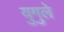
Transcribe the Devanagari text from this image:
युगुले